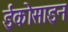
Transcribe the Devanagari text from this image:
ईकोसाइन